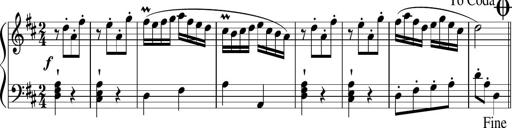
Title: 12 Keyboard Sonatinas
Composer: James Hook